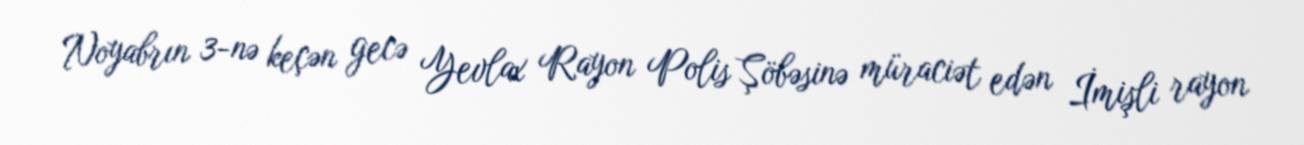
Noyabrın 3-nə keçən gecə Yevlax Rayon Polis Şöbəsinə müraciət edən İmişli rayon